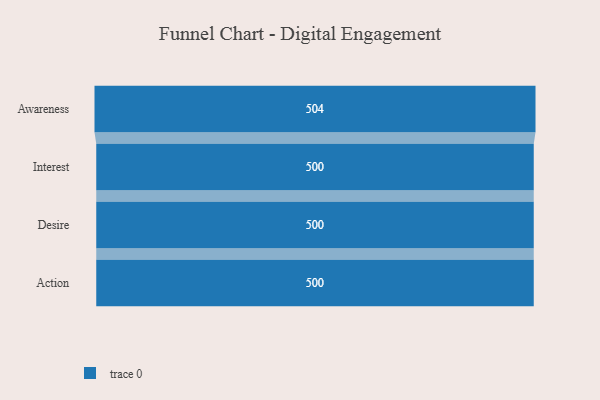
{"axis": {"x": "Stage", "y": "Value"}, "legend": [""], "data": [{"x": "Awareness", "y": 504.0, "type": ""}, {"x": "Interest", "y": 500, "type": ""}, {"x": "Desire", "y": 500, "type": ""}, {"x": "Action", "y": 500, "type": ""}]}